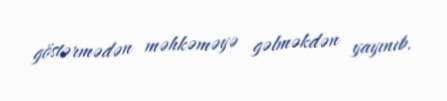
göstərmədən məhkəməyə gəlməkdən yayınıb.